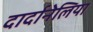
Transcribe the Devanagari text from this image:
दार्दानेलिया